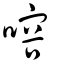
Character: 𠹍